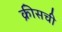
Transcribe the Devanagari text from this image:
क्रीसची